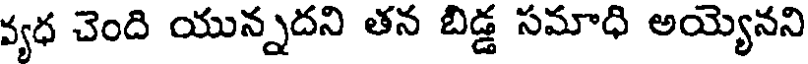
వ్యధ చెంది యున్నదని తన బిడ్డ సమాధి అయ్యెనని